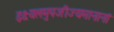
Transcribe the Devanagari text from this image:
इक्ष्यलमुपजीज्यमानानां